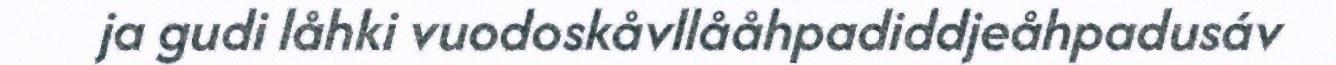
ja gudi låhki vuodoskåvllååhpadiddjeåhpadusáv